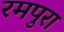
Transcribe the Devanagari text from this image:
रमपुरा